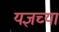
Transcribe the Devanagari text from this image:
यज्ञच्या